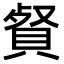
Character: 䝳